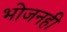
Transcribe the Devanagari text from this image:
भोजनही